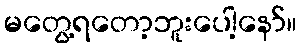
မတွေ့ရတော့ဘူးပေါ့နော်။